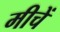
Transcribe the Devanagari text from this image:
मीचें